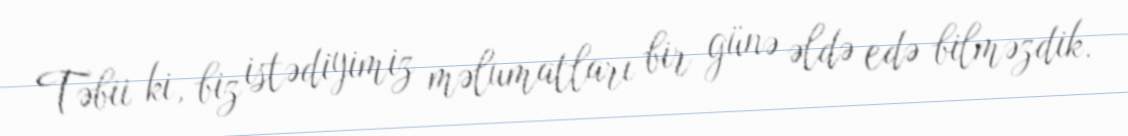
Təbii ki, biz istədiyimiz məlumatları bir günə əldə edə bilməzdik.